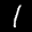
Label: 1